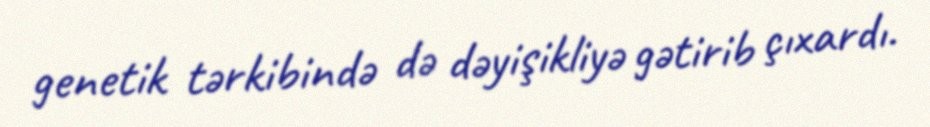
genetik tərkibində də dəyişikliyə gətirib çıxardı.